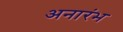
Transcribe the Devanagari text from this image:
अनारंभ